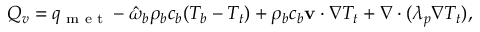
\begin{array} { r } { Q _ { v } = q _ { \textrm { m e t } } - \hat { \omega } _ { b } \rho _ { b } c _ { b } ( T _ { b } - T _ { t } ) + \rho _ { b } c _ { b } \mathbf v \cdot \nabla T _ { t } + \nabla \cdot ( \lambda _ { p } \nabla T _ { t } ) , } \end{array}